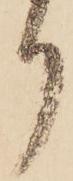
り